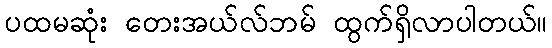
ပထမဆုံး တေးအယ်လ်ဘမ် ထွက်ရှိလာပါတယ်။